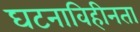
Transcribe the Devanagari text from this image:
घटनाविहीनता